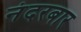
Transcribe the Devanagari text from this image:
नंदरबार